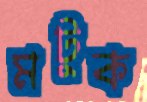
মটুক